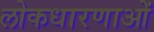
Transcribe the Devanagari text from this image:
लोकधारणाओं